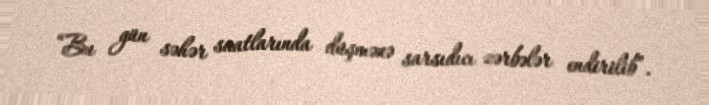
“Bu gün səhər saatlarında düşmənə sarsıdıcı zərbələr endirilib”.